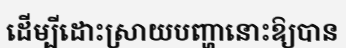
ដើម្បីដោះស្រាយបញ្ហានោះឱ្យបាន